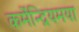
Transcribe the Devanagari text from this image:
कर्मेन्द्रियमया